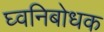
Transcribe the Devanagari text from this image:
घ्वनिबोधक